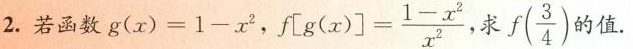
2.若函数g(x)=1-x^{2}，f[ \left[g(x)\right] = \frac{1-x^{2}}{x^{2}} ，求 f(\frac{3}{4}) 的值。